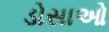
ડોસાઓ